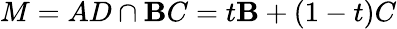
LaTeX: M=AD\cap\mathbf{B}C=t\mathbf{B}+(1-t)C